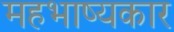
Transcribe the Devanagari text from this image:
महभाष्यकार